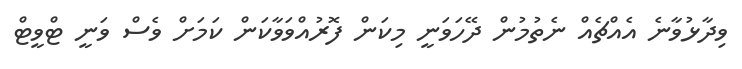
ވިދާޅުވާނެ އެއްޗެއް ނެތުމުން ދޭހަވަނީ މިކަން ފޮރުއްވަވާކަން ކަމަށް ވެސް ވަނީ ޓްވީޓް